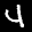
Label: 4